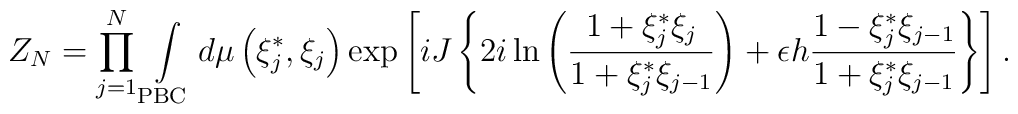
Z_N=  \prod\limits_{j=1}^N \int\limits_{\rm PBC} {d\mu \left({\xi_j^*,\xi_j}\right)}\exp \left[ iJ \left\{  2i\ln \left( {{1+\xi_j^*\xi_j} \over{1+\xi_j^*\xi_{j-1}} }\right) + \epsilon h{{1 - \xi_j^*\xi_{j-1}} \over {1+\xi_j^*\xi_{j-1}} }\right\} \right].